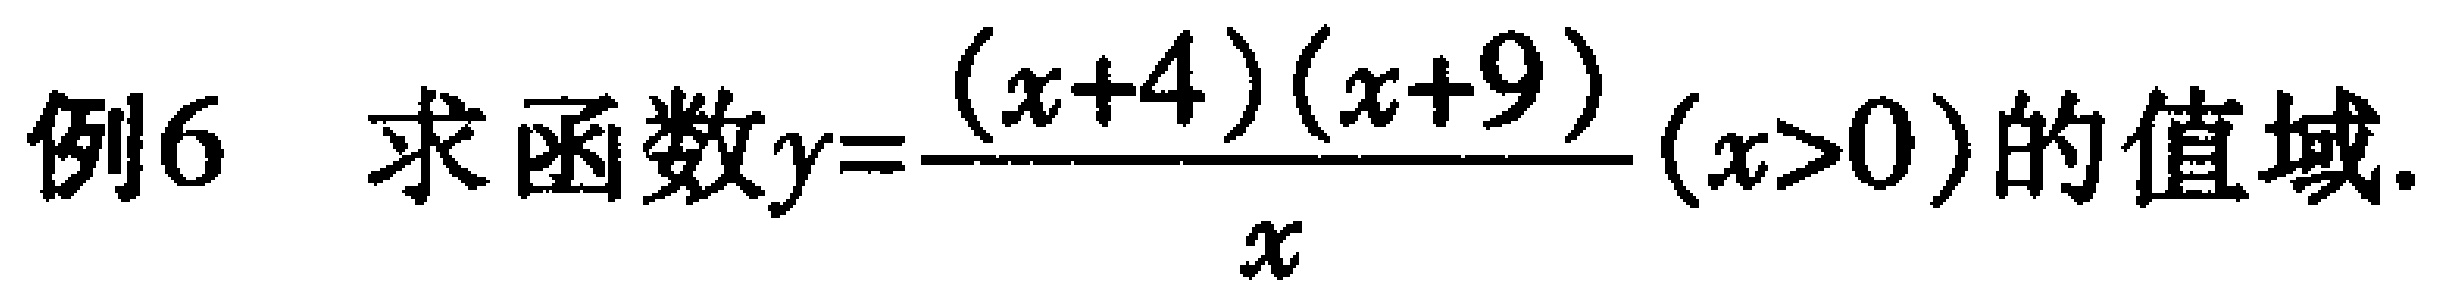
例6 求函数\(y=\frac{(x + 4)(x + 9)}{x}(x>0)\)的值域.